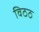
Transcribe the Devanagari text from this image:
विठठ